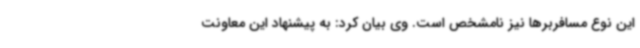
این نوع مسافربرها نیز نامشخص است. وی بیان کرد: به پیشنهاد این معاونت